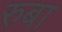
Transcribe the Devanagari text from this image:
रुबा